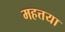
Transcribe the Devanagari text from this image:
महत्तया